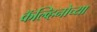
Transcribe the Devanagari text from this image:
कॅल्व्हिनोच्या